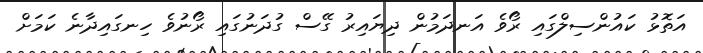
އަތޮޅު ކައުންސިލްގައި ރޯވެ އަނދަމުން ދިޔައިރު ގޭސް ގުދަނުގައި ރޯނުވެ ހިނގައިދާނެ ކަމަށް